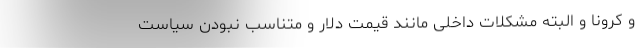
و کرونا و البته مشکلات داخلی مانند قیمت دلار و متناسب نبودن سیاست